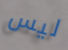
ليس